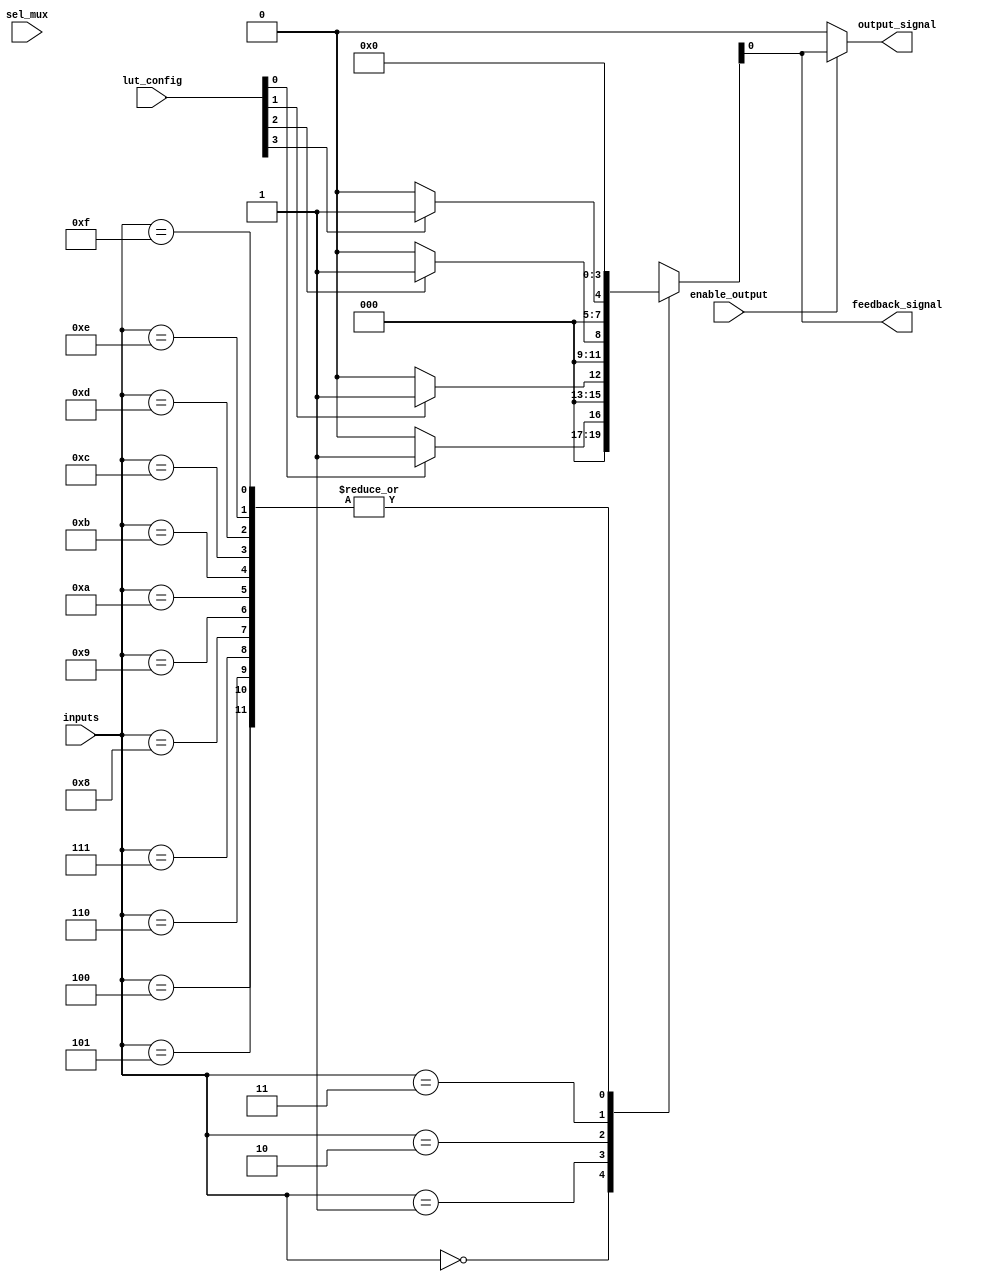
module CLB (
    input wire [3:0] inputs,        // 4 input signals
    input wire [3:0] lut_config,    // Configuration for LUT (truth table)
    input wire sel_mux,              // Multiplexer select signal
    input wire enable_output,         // Control signal to enable output
    output wire output_signal,       // Output signal
    output wire feedback_signal       // Feedback path
);

// Look-Up Table (LUT) implementation
reg [3:0] lut_output; // LUT output based on inputs and configuration

always @(*) begin
    case (inputs)
        4'b0000: lut_output = lut_config[0] ? 1 : 0; // LUT output based on truth table
        4'b0001: lut_output = lut_config[1] ? 1 : 0;
        4'b0010: lut_output = lut_config[2] ? 1 : 0;
        4'b0011: lut_output = lut_config[3] ? 1 : 0;
        4'b0100: lut_output = lut_config[4] ? 1 : 0;
        4'b0101: lut_output = lut_config[5] ? 1 : 0;
        4'b0110: lut_output = lut_config[6] ? 1 : 0;
        4'b0111: lut_output = lut_config[7] ? 1 : 0;
        4'b1000: lut_output = lut_config[8] ? 1 : 0;
        4'b1001: lut_output = lut_config[9] ? 1 : 0;
        4'b1010: lut_output = lut_config[10] ? 1 : 0;
        4'b1011: lut_output = lut_config[11] ? 1 : 0;
        4'b1100: lut_output = lut_config[12] ? 1 : 0;
        4'b1101: lut_output = lut_config[13] ? 1 : 0;
        4'b1110: lut_output = lut_config[14] ? 1 : 0;
        4'b1111: lut_output = lut_config[15] ? 1 : 0;
        default: lut_output = 0;
    endcase
end

// Multiplexer to select output from LUT or feedback
assign output_signal = enable_output ? (sel_mux ? feedback_signal : lut_output) : 0;

// Feedback path
assign feedback_signal = lut_output; // Feedback from LUT output

endmodule